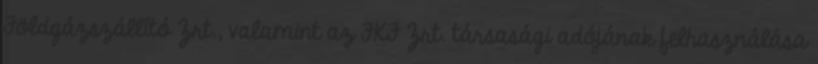
Földgázszállító Zrt., valamint az FKF Zrt. társasági adójának felhasználása